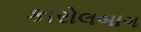
કારોલબાગ